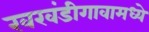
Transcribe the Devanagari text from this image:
खरवंडीगावामध्ये